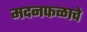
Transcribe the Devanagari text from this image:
मदनफळाचे